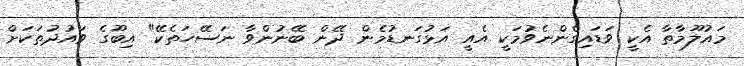
މައުލޫމާތާ އެކީ ވަޑައިގެންނެވުމަކީ އެއީ އަޅުގަނޑުމެން ދޭން ބޭނުންވާ ނަސޭހަތެކޭ" އިބޫގެ ވައުދުތަކަށް